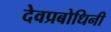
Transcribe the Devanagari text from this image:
देवप्रबोधिनी